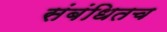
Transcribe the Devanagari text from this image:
संबंधितच